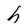
Character: h